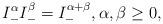
LaTeX: \begin{align*}I_{-}^{\alpha }I_{-}^{\beta }= I_{-}^{\alpha +\beta },\alpha ,\beta \geq 0,\end{align*}